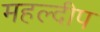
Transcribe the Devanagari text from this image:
महल्दीप